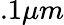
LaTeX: .1\mu m